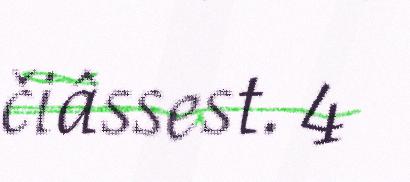
čiâssest. 4